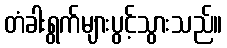
တံခါးရွက်များပွင့်သွားသည်။